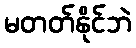
မတတ်နိုင်ဘဲ